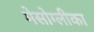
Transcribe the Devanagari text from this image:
मेसोग्लीका